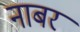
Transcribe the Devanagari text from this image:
नाबर